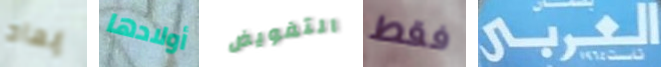
إبعاد أولادها التفويض فقط العربي